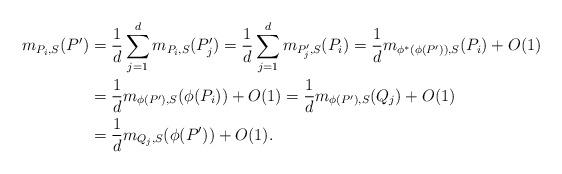
LaTeX: \begin{align*}m_{P_i,S}(P')&=\frac{1}{d}\sum_{j=1}^d m_{P_i,S}(P_j')=\frac{1}{d}\sum_{j=1}^d m_{P_j',S}(P_i)=\frac{1}{d}m_{\phi^*(\phi(P')),S}(P_i)+O(1)\\&=\frac{1}{d}m_{\phi(P'),S}(\phi(P_i))+O(1)=\frac{1}{d}m_{\phi(P'),S}(Q_j)+O(1)\\&=\frac{1}{d}m_{Q_j,S}(\phi(P'))+O(1).\end{align*}